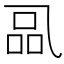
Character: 𰁋